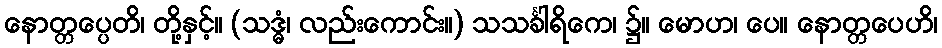
နောတ္တပ္ပေတိ၊ တို့နှင့်။ (သဒ္ဓံ၊ လည်းကောင်း။) သသင်္ခါရိကေ၊ ၌။ မောဟ၊ ပေ။ နောတ္တပေဟိ၊